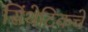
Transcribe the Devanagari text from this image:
सिंथेटिकचे